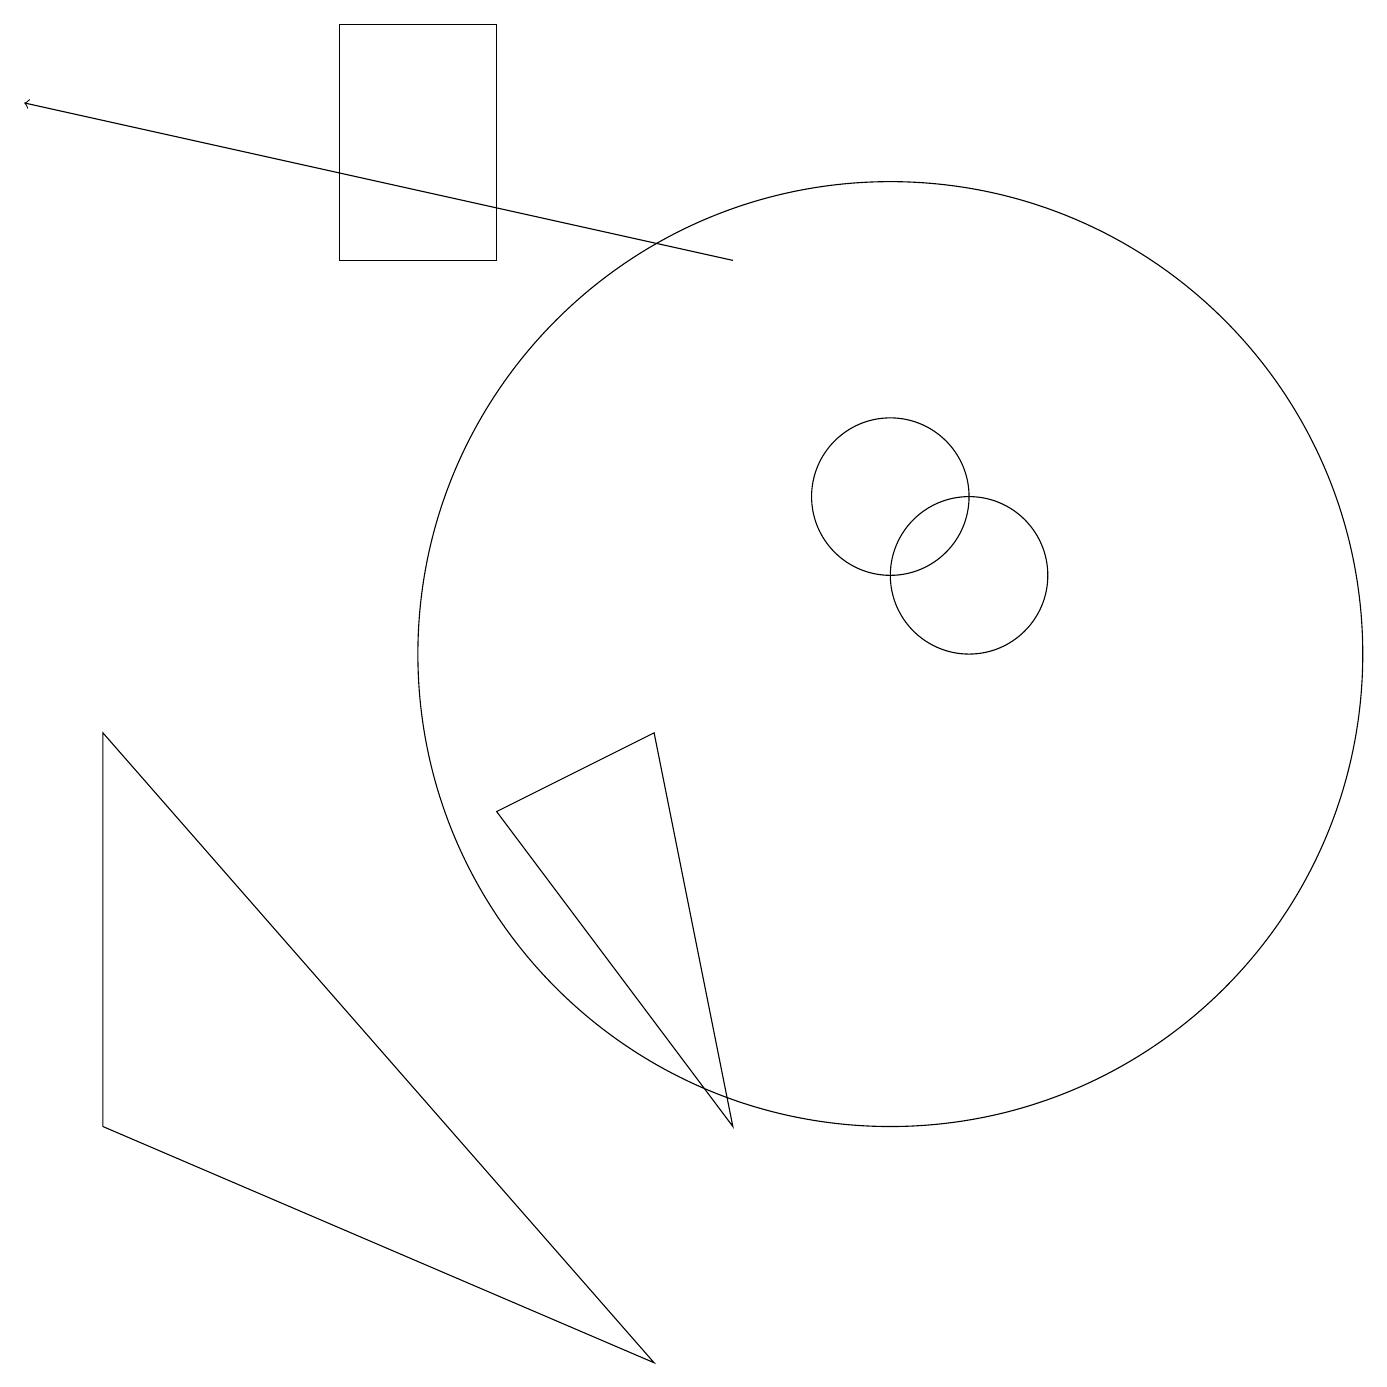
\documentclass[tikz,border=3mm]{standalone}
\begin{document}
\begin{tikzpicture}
\draw (11,10) circle (6);
\draw (12,11) circle (1);
\draw (6,8) -- (9,4) -- (8,9) -- cycle;
\draw (1,4) -- (1,9) -- (8,1) -- cycle;
\draw[->] (9,15) -- (0,17);
\draw (4,18) rectangle (6,15);
\draw (11,12) circle (1);
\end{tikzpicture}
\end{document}